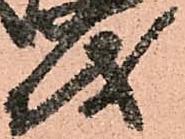
儀